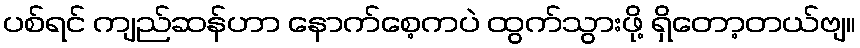
ပစ်ရင် ကျည်ဆန်ဟာ နောက်စေ့ကပဲ ထွက်သွားဖို့ ရှိတော့တယ်ဗျ။